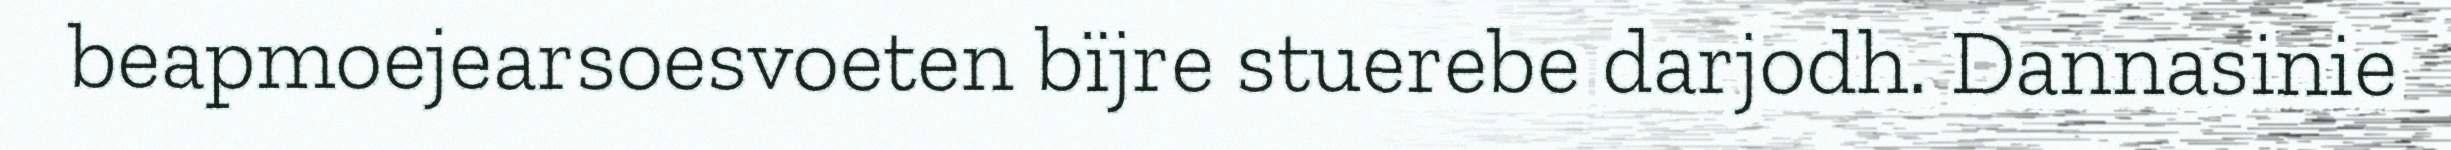
beapmoejearsoesvoeten bïjre stuerebe darjodh. Dannasinie